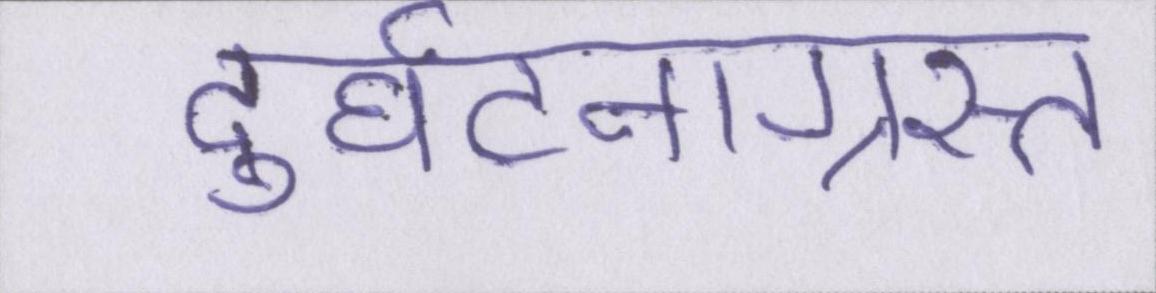
दुर्घटनाग्रस्त